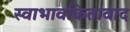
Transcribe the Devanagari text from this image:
स्वाभावकितावाद